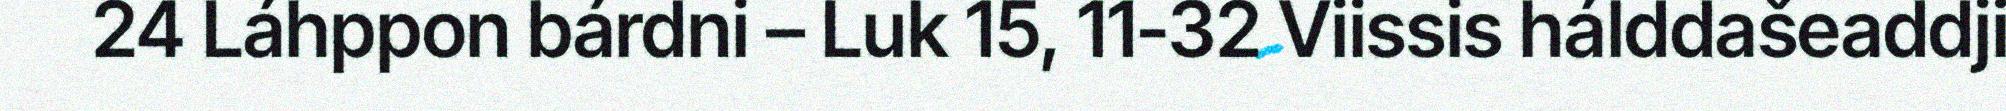
24 Láhppon bárdni – Luk 15, 11‐32 Viissis hálddašeaddji